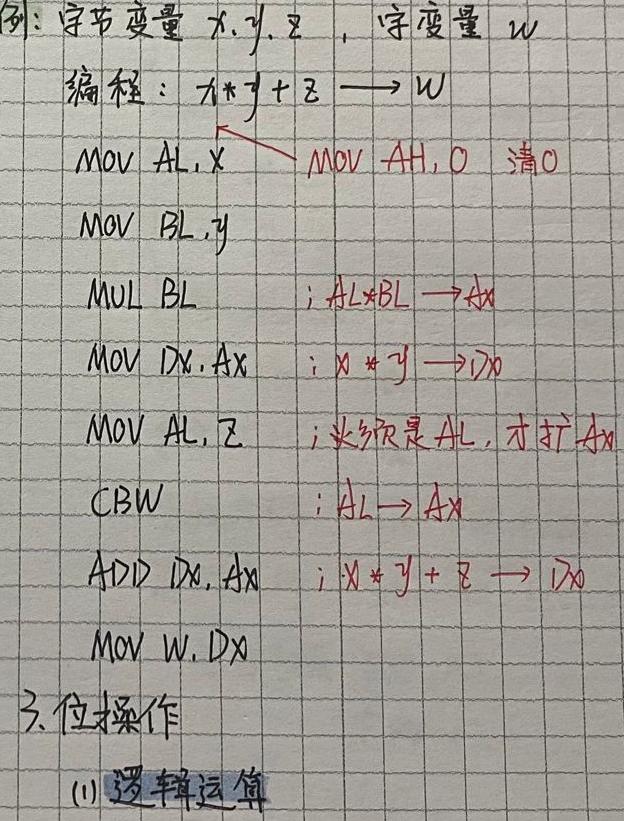
例：字节变量 \(x,y,z\)，字变量 \(w\)
编程：\(x*y + z \longrightarrow w\)
\(MOV\ AL,x\)  \(\longrightarrow\) \(MOV\ AH,0\) 清0
\(MOV\ BL,y\)
\(MUL\ BL\)  ; \(AL*BL \longrightarrow AX\)
\(MOV\ DX,AX\)  ; \(x*y \longrightarrow DX\)
\(MOV\ AL,z\)  ; 必须是 \(AL\)，才扩 \(AX\)
\(CBW\)  ; \(AL \longrightarrow AX\)
\(ADD\ DX,AX\)  ; \(x*y + z \longrightarrow DX\)
\(MOV\ W,DX\)
3. 位操作
(1) 逻辑运算